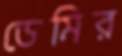
ডেমির